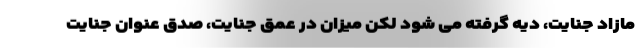
مازاد جنایت، دیه گرفته می شود لکن میزان در عمق جنایت، صدق عنوان جنایت